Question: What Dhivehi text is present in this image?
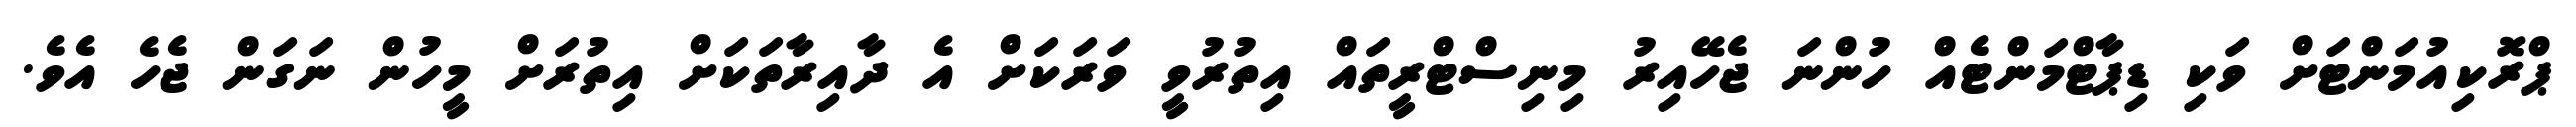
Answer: ޕްރޮކިއުމަންޓަށް ވަކި ޑިޕާޓްމަންޓެއް ހުންނަ ޖެހޭއިރު މިނިސްޓްރީތައް އިތުރުވީ ވަރަކަށް އެ ދާއިރާތަކަށް އިތުރަށް މީހުން ނަގަން ޖެހެ އެވެ.